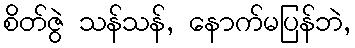
စိတ်ဇွဲ သန်သန်, နောက်မပြန်ဘဲ,